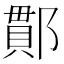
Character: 𨝑